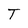
Character: T